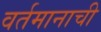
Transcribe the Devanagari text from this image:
वर्तमानाची